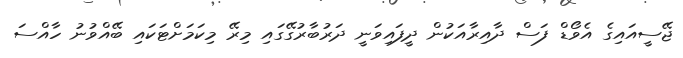
ޖޭސީއައިގެ އެވޯޑް ފަސް ދާއިރާއަކުން ދީފައިވަނީ ދަރުބާރުގޭގައި މިރޭ މިކަމަށްޓަކައި ބޭއްވުނު ހާއްސަ